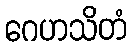
ဂေဟသိတံ